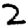
Digit: 2